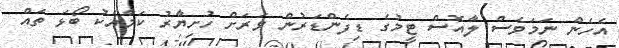
އެހެން ނަމަވެސް ލާއޮސް ޓީމުގެ ޑިފެންޑަރުން ވަރަށް ހުށިޔާރު ކަމާއެކު ބޯޅަ ތައް